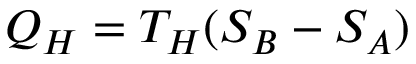
Q _ { H } = T _ { H } ( S _ { B } - S _ { A } )